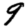
Digit: 9